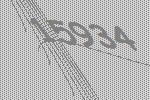
15934